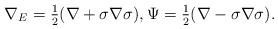
\begin{align*}\nabla_E = \tfrac12(\nabla + \sigma\nabla\sigma),\Psi = \tfrac12(\nabla - \sigma\nabla\sigma).\end{align*}